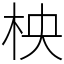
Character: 柍